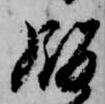
飯